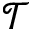
\mathscr { T }